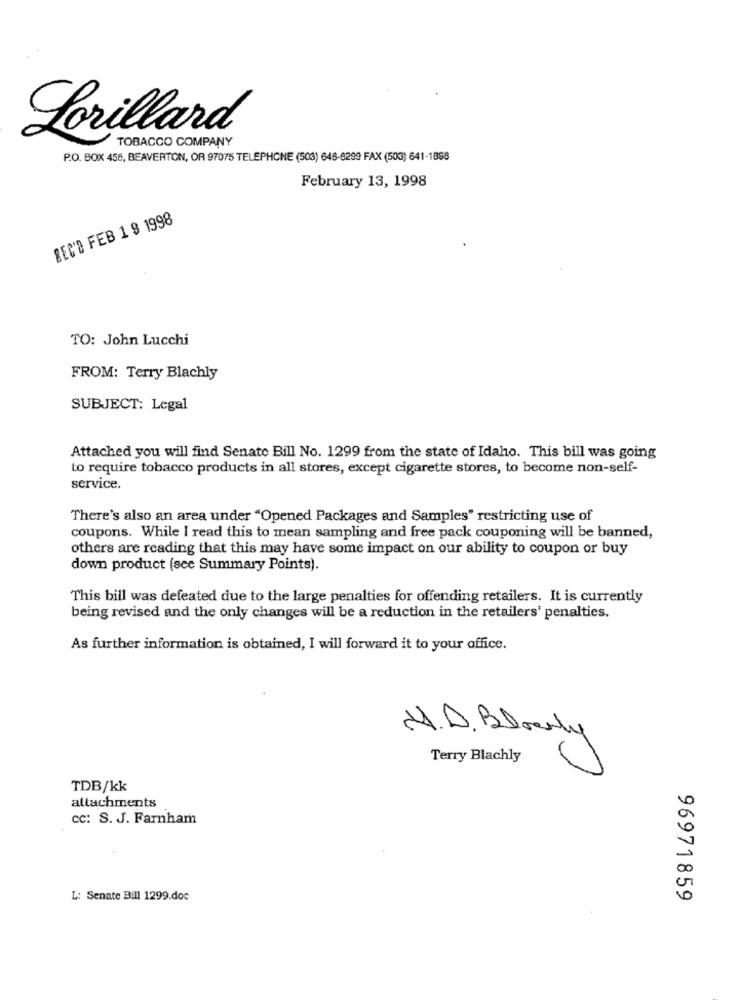
Lorillard
TOBACCO COMPANY
P.O. BOX 456, BEAVERTON, OR 97075 TELEPHONE (503) 646-6299 FAX (503) 641-1898
February 13, 1998
REC'D FEB 1 9 1998
TO: John Lucchi
FROM: Terry Blachly
SUBJECT: Legal
Attached you will find Senate Bill No. 1299 from the state of Idaho. This bill was going
to require tobacco products in all stores, except cigarette stores, to become non-self-
service.
There's also an area under "Opened Packages and Samples" restricting use of
coupons. While I read this to mean sampling and free pack couponing will be banned,
others are reading that this may have some impact on our ability to coupon or buy
down product (see Summary Points).
This bill was defeated due to the large penalties for offending retailers. It is currently
being revised and the only changes will be a reduction in the retailers' penalties.
As further information is obtained, I will forward it to your office.
(U.D ., Blownly
Terry Blachly
TDB/kk
attachments
CC: S. J. Farnham
L: Senate Bill 1299.doc
96971859